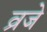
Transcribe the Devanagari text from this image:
व्रजे